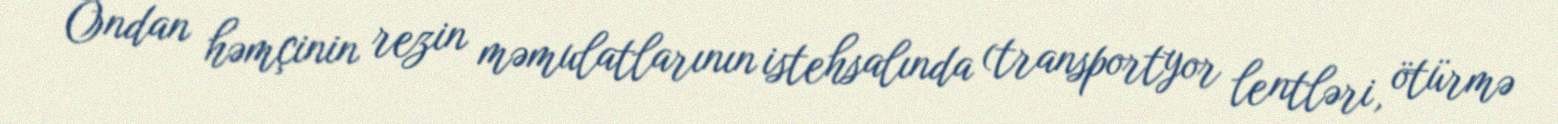
Ondan həmçinin rezin məmulatlarının istehsalında (transportyor lentləri, ötürmə